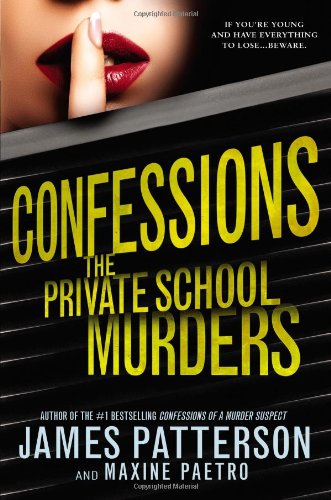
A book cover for Confessions: The Private School Murders; James Patterson; Teen & Young Adult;